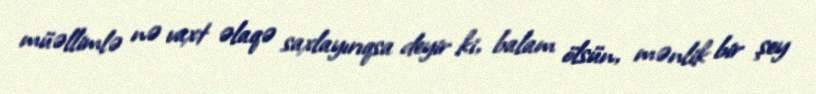
müəllimlə nə vaxt əlaqə saxlayırıqsa deyir ki, balam ölsün, mənlik bir şey